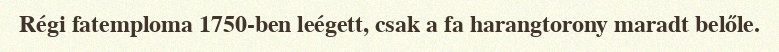
Régi fatemploma 1750-ben leégett, csak a fa harangtorony maradt belőle.